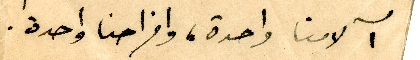
آلامنا واحدة، وافراحنا واحدة.